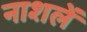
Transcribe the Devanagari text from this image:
नाशलें